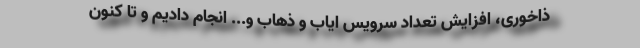
ذاخوری، افزایش تعداد سرویس ایاب و ذهاب و... انجام دادیم و تا کنون